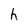
Character: h